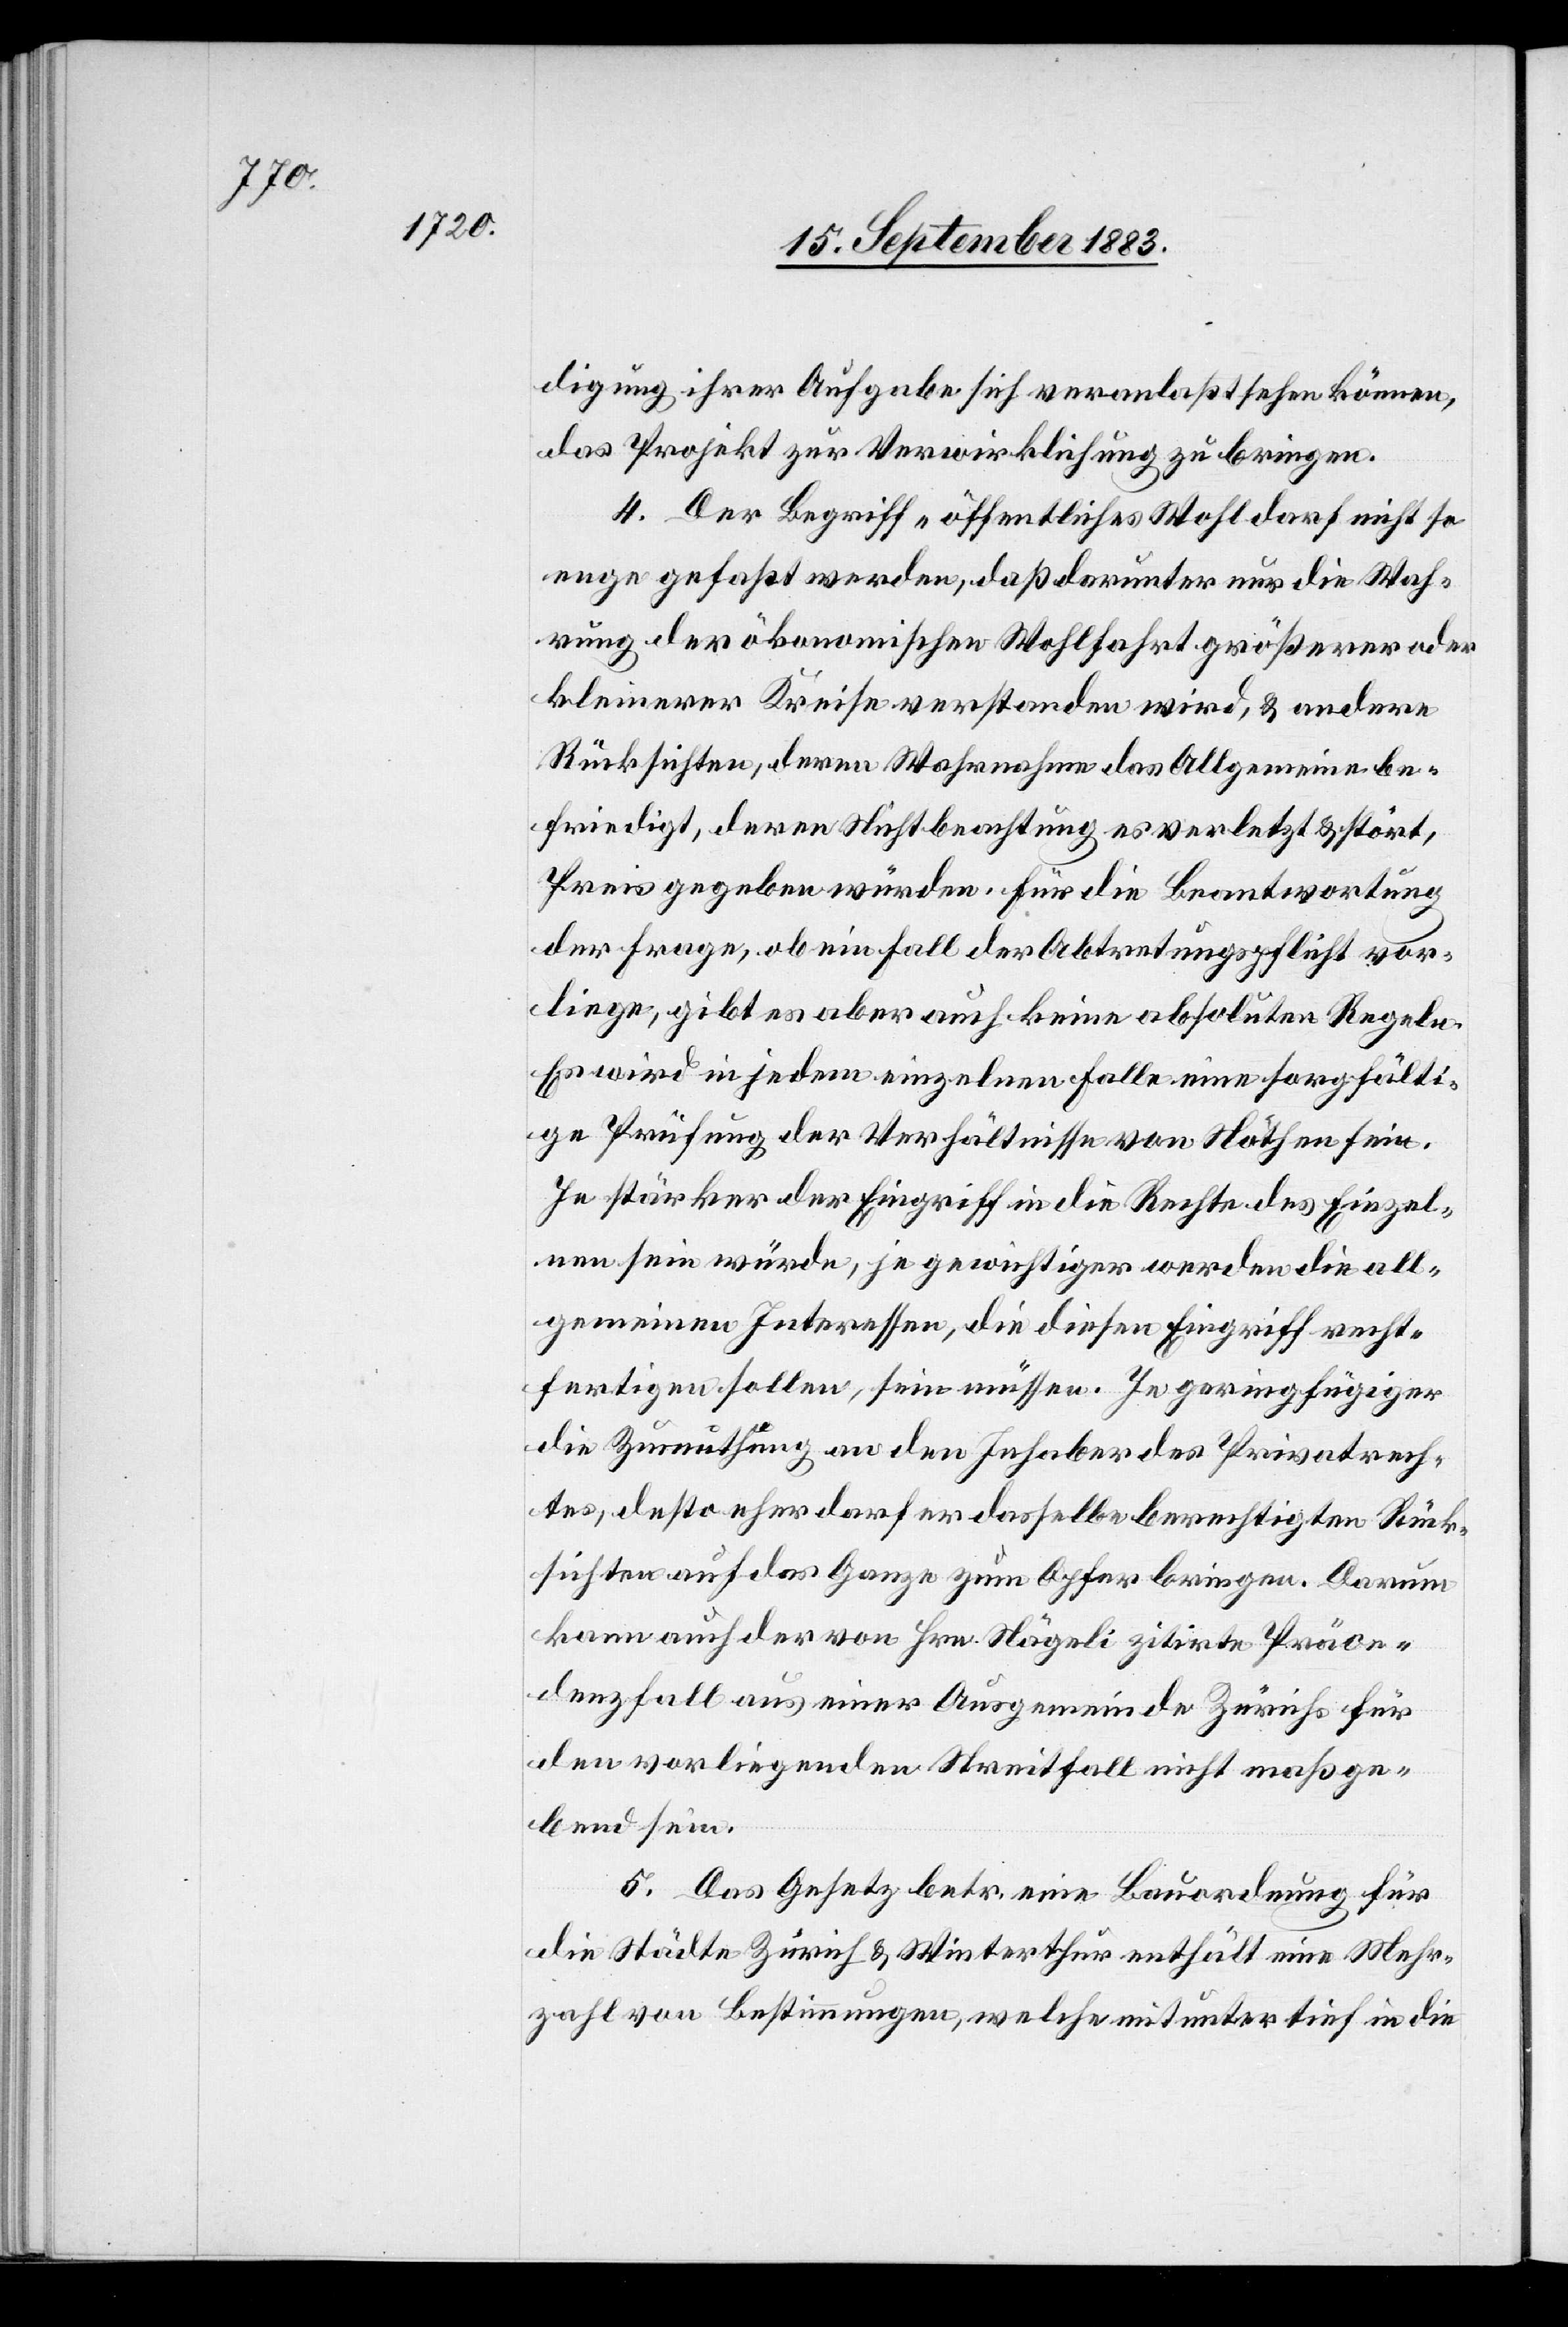
digung ihrer Aufgabe sich veranlaßt sehen können,
das Projekt zur Verwirklichung zu bringen.
4. Der Begriff „öffentliches Wohl“ darf nicht so
enge gefaßt werden, daß darunter nur die Wah¬
rung der ökonomischen Wohlfahrt größerer oder
kleinerer Kreise verstanden wird, & andere
Rücksichten, deren Wahrnahme das Allgemeine be¬
friedigt, deren Nichtbeachtung es verletzt & stört,
Preis gegeben würde. Für die Beantwortung
der Frage, ob ein Fall der Abtretungspflicht vor¬
liege, gibt es aber auch keine absoluten Regeln.
Es wird in jedem einzelnen Falle eine sorgfälti¬
ge Prüfung der Verhältnisse von Nöthen sein.
Je stärker der Eingriff in die Rechte des Einzel¬
nen sein würde, je gewichtiger werden die all¬
gemeinen Interessen, die diesen Eingriff recht¬
fertigen sollen, sein müssen. Je geringfügiger
die Zumuthung an den Inhaber des Privatrech¬
tes, desto eher darf er dasselbe berechtigten Rück¬
sichten auf das Ganze zum Opfer bringen. Darum
kann auch der von Hrn. Nägeli zitirte Präce¬
denzfall aus einer Ausgemeinde Zürichs für
den vorliegenden Streitfall nicht maßge¬
bend sein.
5. Das Gesetz betr. eine Bauordnung für
die Städte Zürich & Winterthur enthält eine Mehr¬
zahl von Bestimmungen, welche mitunter tief in die